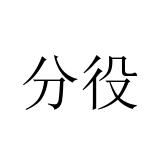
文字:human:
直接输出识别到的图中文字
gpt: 分役